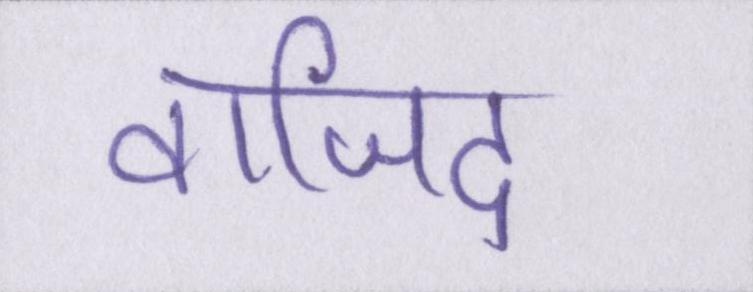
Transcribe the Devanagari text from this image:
वाजिद